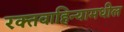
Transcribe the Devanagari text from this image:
रक्तवाहिन्यामधील